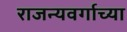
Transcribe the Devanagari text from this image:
राजन्यवर्गाच्या